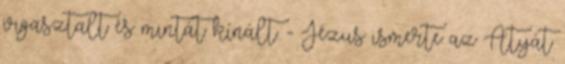
vigasztalt és mintát kínált. - Jézus ismerte az Atyát